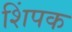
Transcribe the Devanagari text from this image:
शिंपक